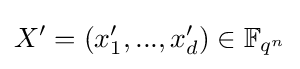
X'=(x_{1}',...,x_{d}')\in \mathbb {F} _{q^{n}}